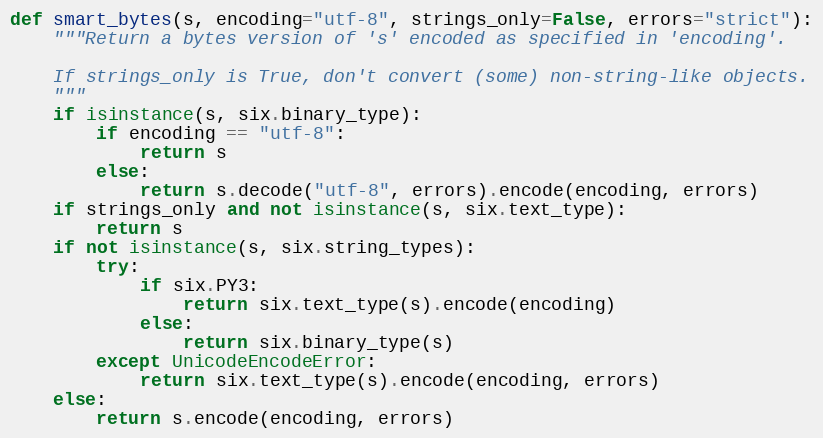
Language: Python
def smart_bytes(s, encoding="utf-8", strings_only=False, errors="strict"):
    """Return a bytes version of 's' encoded as specified in 'encoding'.

    If strings_only is True, don't convert (some) non-string-like objects.
    """
    if isinstance(s, six.binary_type):
        if encoding == "utf-8":
            return s
        else:
            return s.decode("utf-8", errors).encode(encoding, errors)
    if strings_only and not isinstance(s, six.text_type):
        return s
    if not isinstance(s, six.string_types):
        try:
            if six.PY3:
                return six.text_type(s).encode(encoding)
            else:
                return six.binary_type(s)
        except UnicodeEncodeError:
            return six.text_type(s).encode(encoding, errors)
    else:
        return s.encode(encoding, errors)